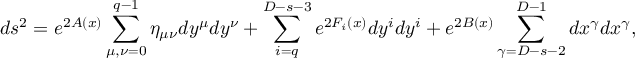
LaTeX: d s ^ { 2 } = e ^ { 2 A ( x ) } \sum _ { \mu , \nu = 0 } ^ { q - 1 } \eta _ { \mu \nu } d y ^ { \mu } d y ^ { \nu } + \sum _ { i = q } ^ { D - s - 3 } e ^ { 2 F _ { i } ( x ) } d y ^ { i } d y ^ { i } + e ^ { 2 B ( x ) } \sum _ { \gamma = D - s - 2 } ^ { D - 1 } d x ^ { \gamma } d x ^ { \gamma } ,